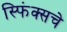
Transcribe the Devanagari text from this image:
स्फिंक्सचे